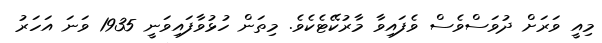
މިއީ ވަރަށް ދުވަސްވެސް ވެފައިވާ މާރުކޭޓެކެވެ. މިތަން ހުޅުވާފައިވަނީ 1935 ވަނަ އަހަރު